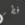
فطر